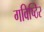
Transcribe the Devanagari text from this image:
गविष्ठिर